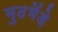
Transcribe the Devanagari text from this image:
मुठभेंड़े